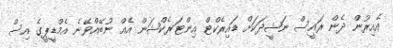
އެއިރުން ދެން ރައީސް ނަޝީދަކަށް ޑައިރެކްޓް އިންޓަރެކްޝަން އެއް ނުބޭއްވޭނެ އެމްޑީޕީގެ އިސް